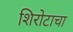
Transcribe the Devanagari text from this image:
शिरोटाचा